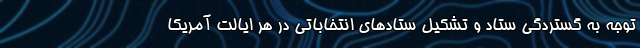
توجه به گستردگی ستاد و تشکیل ستادهای انتخاباتی در هر ایالت آمریکا